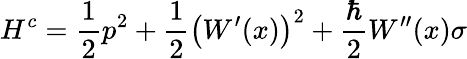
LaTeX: H^{c}=\frac{1}{2}p^{2}+\frac{1}{2}\left(W^{\prime}(x)\right)^{2}+\frac{\hbar}{2}W^{\prime\prime}(x)\sigma